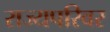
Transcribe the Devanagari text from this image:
राज्यपरिवर